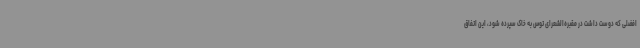
افضلی که دوست داشت در مقبره‌الشعرای توس به خاک سپرده شود، این اتفاق